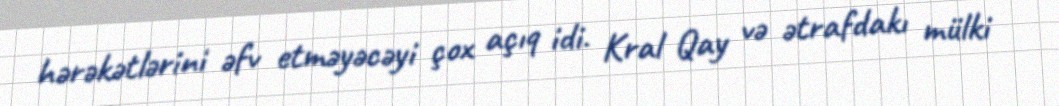
hərəkətlərini əfv etməyəcəyi çox açıq idi. Kral Qay və ətrafdakı mülki